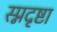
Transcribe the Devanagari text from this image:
स्प्नदृष्टा